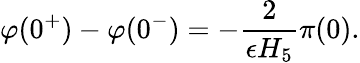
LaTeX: \varphi(0^{+})-\varphi(0^{-})=-{\frac{2}{\epsilon H_{5}}}\pi(0).